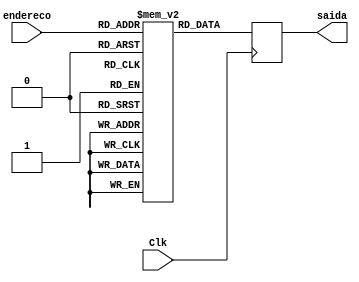
module instructionmemory (
	output reg [31:0] saida,
	input Clk,
	input [9:0] endereco
);	
	
	reg [31:0] memoria [0:1023];
		
	integer i;
	
	always @(posedge Clk) begin
		saida <= memoria[endereco];
	end

/*	
#define A 0x1500
#define B 0x1501
#define C 0x1502
#define D 0x1503
#define END 0x18FF

lw $r0, A(r31)
lw $r1, B(r31)
lw $r2, C(r31)
lw $r3, D(r31)

mul $r4, $r0, $r1
add $r5, $r2, $r3
sub $r6, $r4, $r5

sw $r6, END(r31)


Traduzindo para instrues em binrio:

001000_11111_00000_0001-0101-0000-0000
001000_11111_00001_0001-0101-0000-0001
001000_11111_00010_0001-0101-0000-0010
001000_11111_00011_0001-0101-0000-0011

000111_00000_00001_00100_01010_110010
000111_00010_00011_00101_01010_100000
000111_00100_00101_00110_01010_100010

001001_11111_00110_0001-1000-1111-1111



Bolhas:

and r30, r30, r30
or r29, r29, r29

000111_11110_11110_11110_01010_100100
000111_11101_11101_11101_01010_100101
*/
	
	initial begin
		memoria[0]=32'b001000_11111_00000_0001010100000000;//lw $r0, A(r31)
		memoria[1]=32'b001000_11111_00001_0001010100000001;//lw $r1, B(r31)
		memoria[2]=32'b001000_11111_00010_0001010100000010;//lw $r2, C(r31)
		memoria[3]=32'b001000_11111_00011_0001010100000011;//lw $r3, D(r31)
		
		memoria[4]=32'b000111_00000_00001_00100_01010_110010;//mul $r4, $r0, $r1
		memoria[5]=32'b000111_00010_00011_00101_01010_100000;//add $r5, $r2, $r3
		memoria[6]=32'b000111_00100_00101_00110_01010_100010;//sub $r6, $r4, $r5

		memoria[7]=32'b001001_11111_00110_0001100011111111;//sw $r6, END(r31)
		
		//Mesmo programa mas com bolhas:
		memoria[ 8]=32'b001000_11111_00000_0001010100000000;//lw $r0, A(r31)
		memoria[ 9]=32'b001000_11111_00001_0001010100000001;//lw $r1, B(r31)
		memoria[10]=32'b001000_11111_00010_0001010100000010;//lw $r2, C(r31)
		memoria[11]=32'b001000_11111_00011_0001010100000011;//lw $r3, D(r31)
		
		memoria[12]=32'b000111_00000_00001_00100_01010_110010;//mul $r4, $r0, $r1		
		memoria[13]=32'b000111_11101_11101_11101_01010_100101;//bolhaOr
		memoria[14]=32'b000111_00010_00011_00101_01010_100000;//add $r5, $r2, $r3
		memoria[15]=32'b000111_11110_11110_11110_01010_100100;//bolhaAnd
		memoria[16]=32'b000111_11110_11110_11110_01010_100100;//bolhaAnd
		memoria[17]=32'b000111_11110_11110_11110_01010_100100;//bolhaAnd
		memoria[18]=32'b000111_00100_00101_00110_01010_100010;//sub $r6, $r4, $r5
		
		memoria[19]=32'b000111_11101_11101_11101_01010_100101;//bolhaOr
		memoria[20]=32'b000111_11101_11101_11101_01010_100101;//bolhaOr
		memoria[21]=32'b000111_11101_11101_11101_01010_100101;//bolhaOr
		memoria[22]=32'b001001_11111_00110_0001100011111111;//sw $r6, END(r31)
		
		//load para visualizar ultima instruo gravou corretamente
		//memoria[23]=32'b001000_11111_00111_0001100011111111;//lw $r7, END(r31)
	
		for(i = 23; i < 1024;i = i+1) 
			memoria[i] = 32'b0;
	end

endmodule